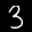
Label: 3